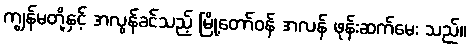
ကျွန်မတို့နှင့် အလွန်ခင်သည့် မြို့တော်ဝန် အလန် ဖုန်းဆက်မေး သည်။